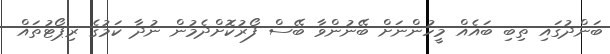
ބަންދުގައި ތިބި ބައެއް މީހުންނަށް ބޭނުންވާ ބޭސް ފޯރުކޮށްދެމުން ނުދާ ކަމުގެ ރިޕޯޓުތައް